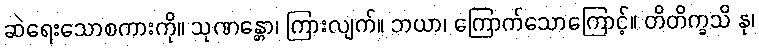
ဆဲရေးသောစကားကို။ သုဏန္တော၊ ကြားလျက်။ ဘယာ၊ ကြောက်သောကြောင့်။ တိတိက္ခသိ နု၊